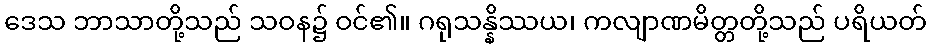
ဒေသ ဘာသာတို့သည် သဝန၌ ဝင်၏။ ဂရုသန္နိဿယ၊ ကလျာဏမိတ္တတို့သည် ပရိယတ်